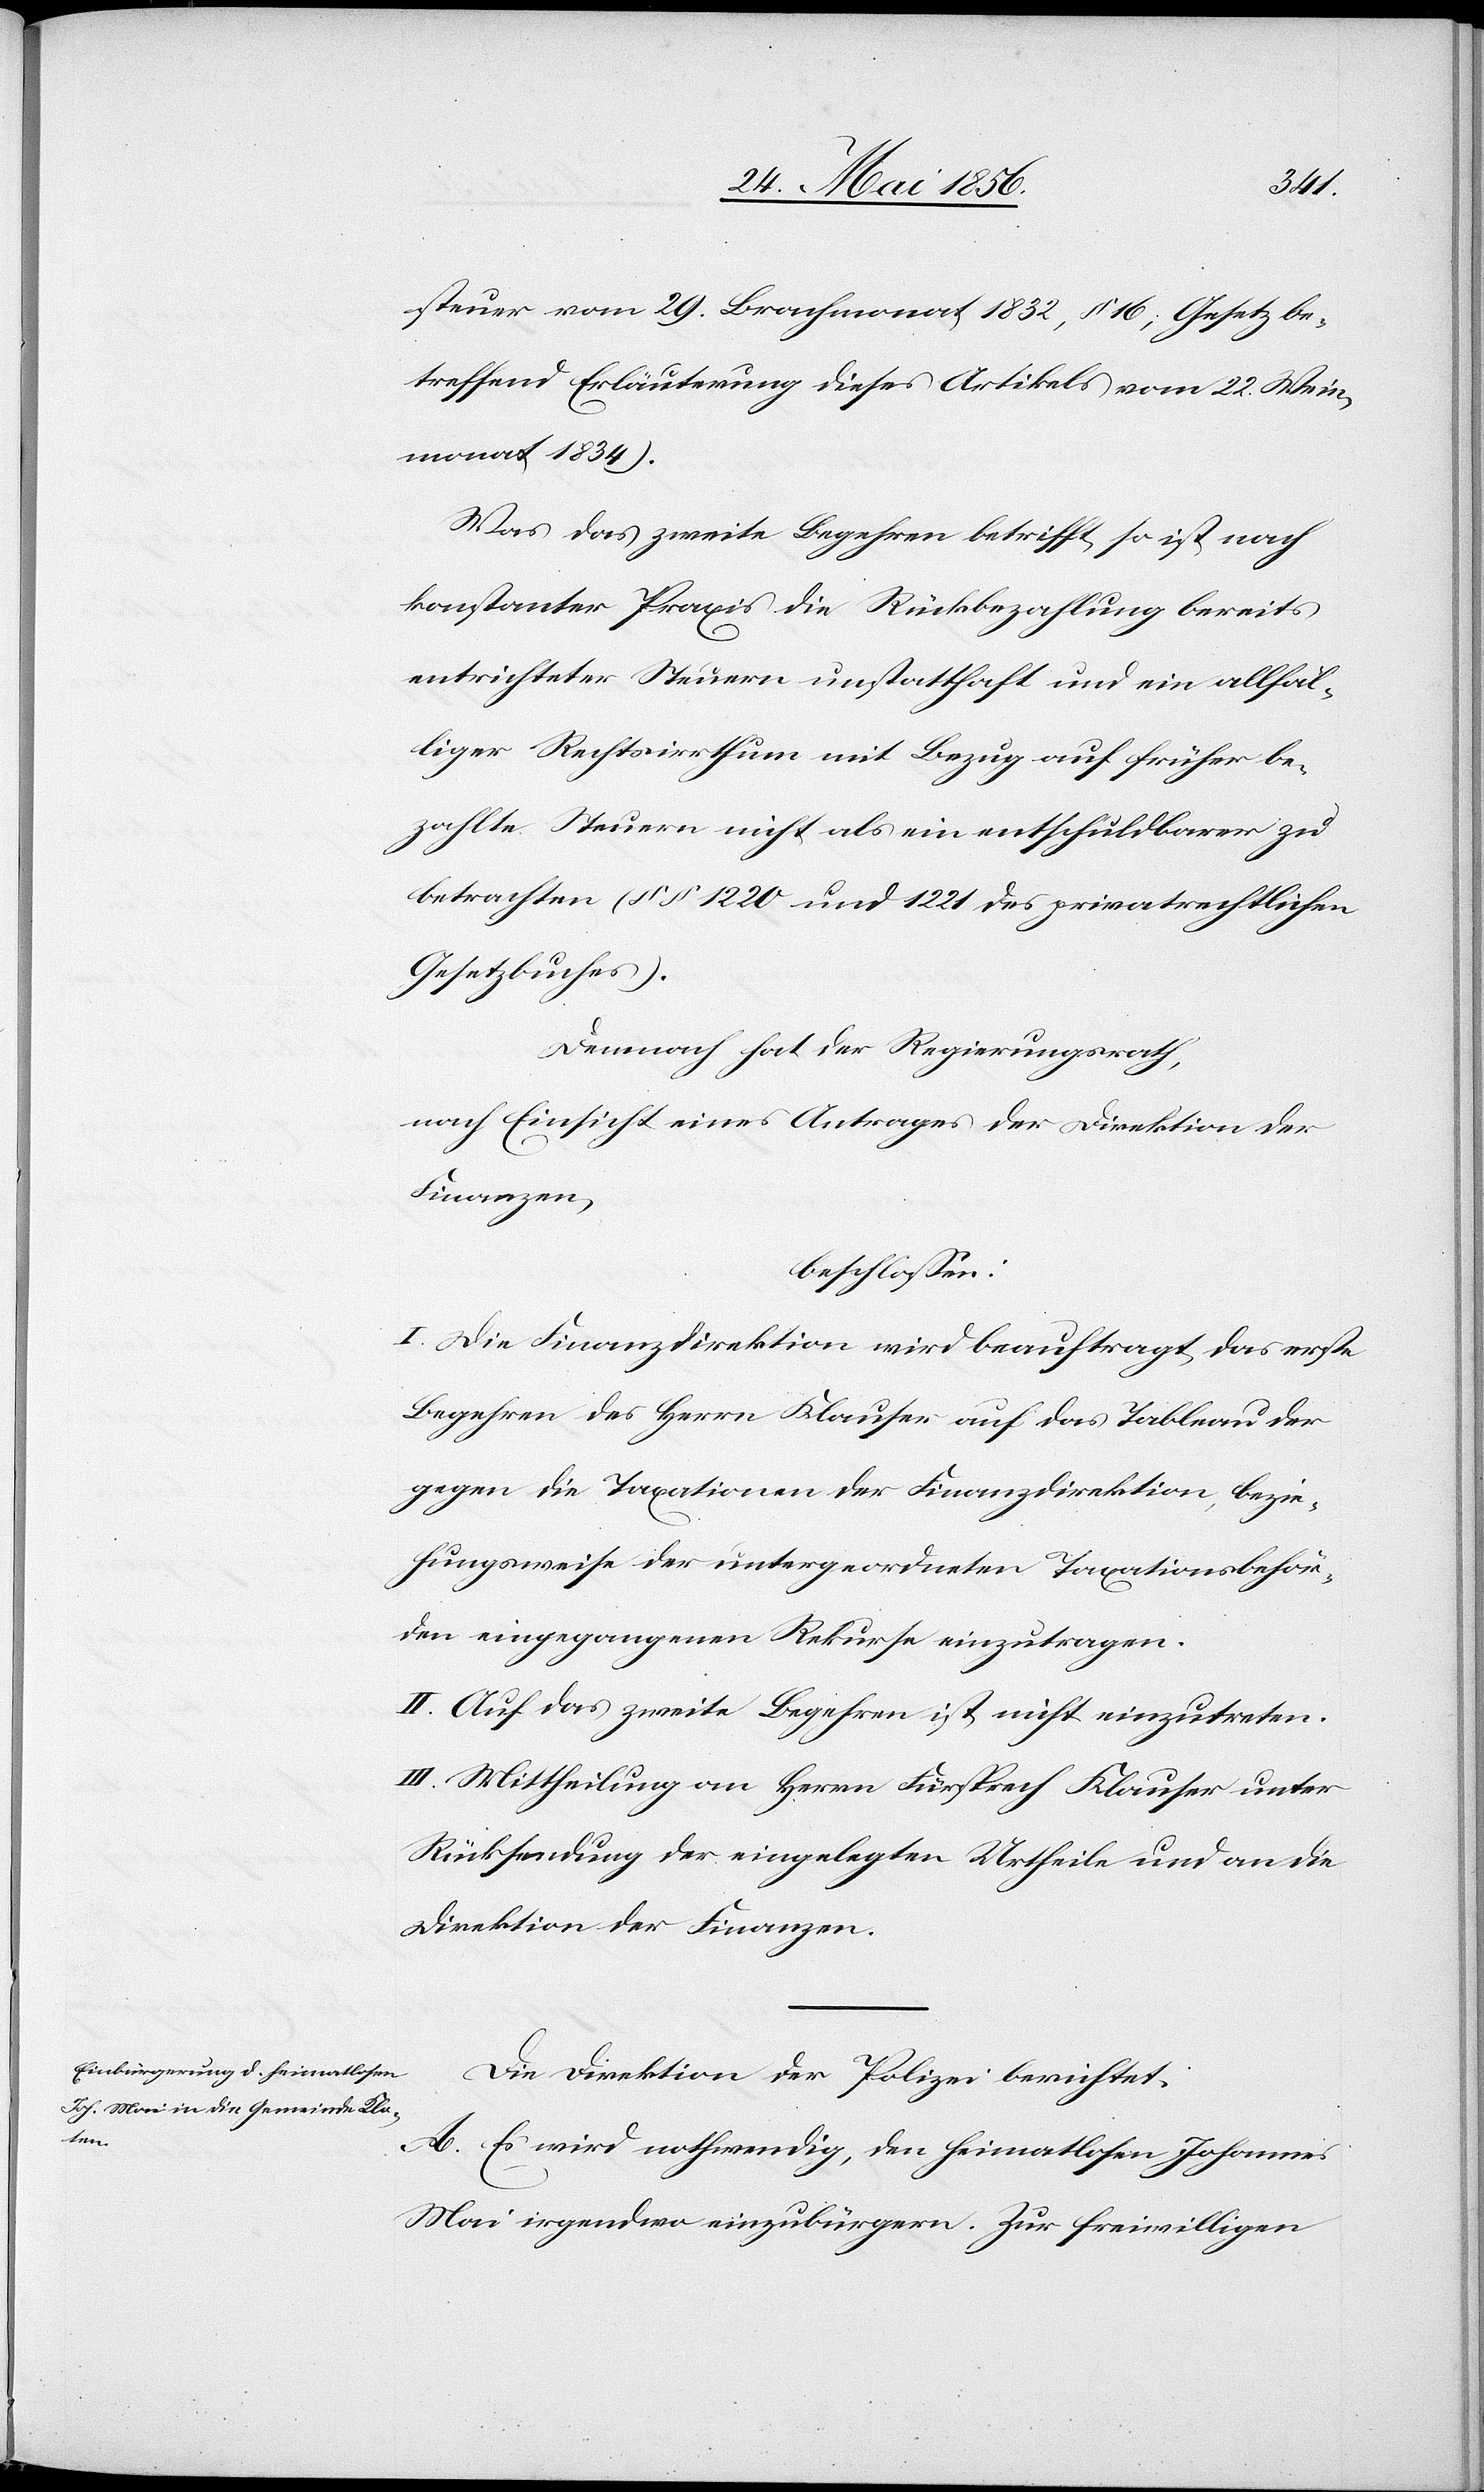
steuer vom 29. Brachmonat 1832, § 16; Gesetz be¬
treffend Erläuterung dieses Artikels vom 22. Wein¬
monat 1834).
Was das zweite Begehren betrifft, so ist nach
konstanter Praxis die Rückbezahlung bereits
entrichteter Steuern unstatthaft und ein allfäl¬
liger Rechtsirrthum mit Bezug auf früher be¬
zahlte Steuern nicht als ein entschuldbarer zu
betrachten (§§ 1220 und 1221 des privatrechtlichen
Gesetzbuches).
Demnach hat der Regierungsrath,
nach Einsicht eines Antrages der Direktion der
Finanzen,
beschlossen:
I. Die Finanzdirektion wird beauftragt, das erste
Begehren des Herrn Klauser auf das Tableau der
gegen die Taxationen der Finanzdirektion, bezie¬
hungsweise der untergeordneten Taxationsbehör¬
den eingegangenen Rekurse einzutragen.
II. Auf das zweite Begehren ist nicht einzutreten.
III. Mittheilung an Herrn Fürsprech Klauser unter
Rücksendung der eingelegten Urtheile und an die
Direktion der Finanzen.
Die Direktion der Polizei berichtet:
A. Es wird nothwendig, den heimatlosen Johannes
Mai irgendwo einzubürgern. Zur freiwilligen